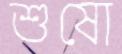
শুষো